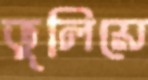
ভুলিয়ে